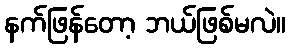
နက်ဖြန်တော့ ဘယ်ဖြစ်မလဲ။